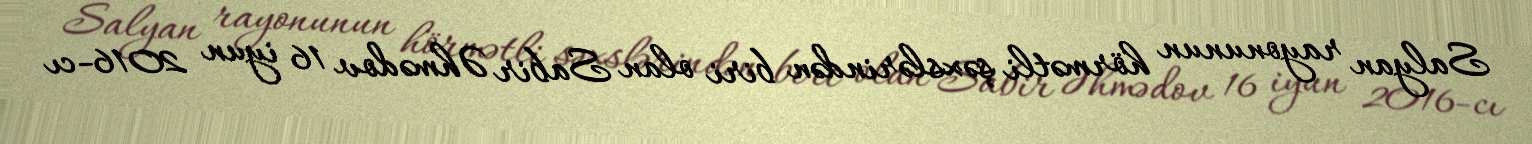
Salyan rayonunun hörmətli şəxslərindən biri olan Sabir Əhmədov 16 iyun 2016-cı